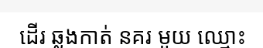
ដើរ ឆ្លងកាត់ នគរ មួយ ឈ្មោះ